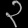
Digit: ၃